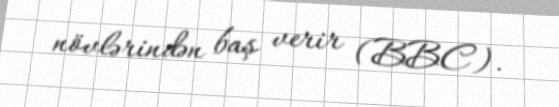
növlərindən baş verir (BBC).